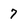
Character: 7